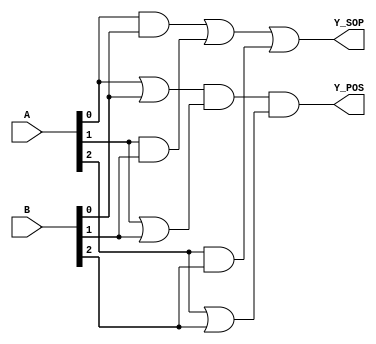
module combinational_logic (
    input wire [2:0] A,  // 3-bit input
    input wire [2:0] B,  // 3-bit input
    output wire Y_SOP,   // Output for Sum of Products
    output wire Y_POS    // Output for Product of Sums
);

// Sum of Products (SOP) implementation
// Example: Y_SOP = A0 & B0 | A1 & B1 | A2 & B2
assign Y_SOP = (A[0] & B[0]) | (A[1] & B[1]) | (A[2] & B[2]);

// Product of Sums (POS) implementation
// Example: Y_POS = (A0 | B0) & (A1 | B1) & (A2 | B2)
assign Y_POS = (A[0] | B[0]) & (A[1] | B[1]) & (A[2] | B[2]);

endmodule